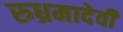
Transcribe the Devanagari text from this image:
रुध्रमादेवी